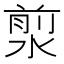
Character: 𣹅